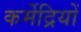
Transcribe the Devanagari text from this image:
कर्मेद्रियों